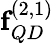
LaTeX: \textbf{f}_{QD}^{(2,1)}